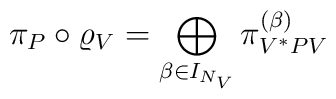
\pi_P\circ\varrho_V = \bigoplus_{\beta\in I_{N_V}}\pi_{V^*PV}^{(\beta)}